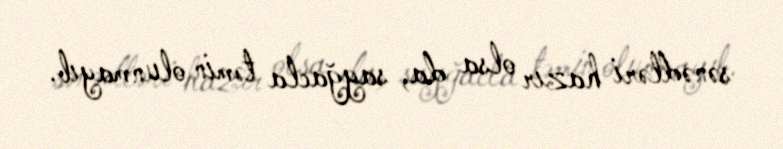
sənədləri hazır olsa da, sayğacla təmin olunmayıb.